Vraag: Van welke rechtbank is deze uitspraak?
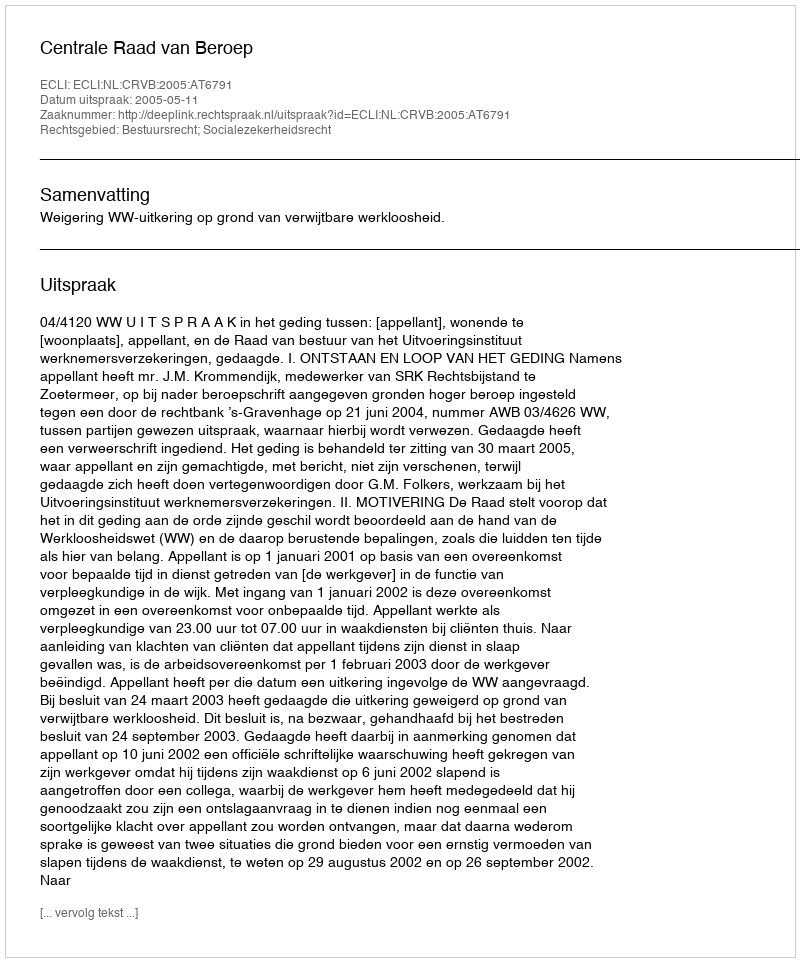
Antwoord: Centrale Raad van Beroep